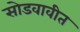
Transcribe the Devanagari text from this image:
सोडवावीत